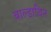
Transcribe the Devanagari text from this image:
बाल्डाचिन